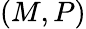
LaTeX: (M,P)